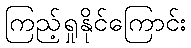
ကြည့်ရှုနိုင်ကြောင်း